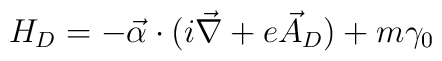
H_D=-\vec{\alpha}\cdot(i\vec{\nabla}+e \vec{A}_D)+m\gamma_0